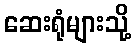
ဆေးရုံများသို့